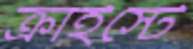
ক্রাইস্টে